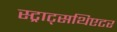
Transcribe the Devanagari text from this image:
स्ट्राट्सथिएटर